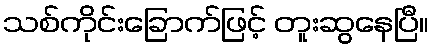
သစ်ကိုင်းခြောက်ဖြင့် တူးဆွနေပြီ။